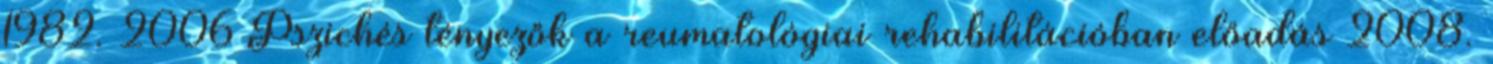
1982. 2006 Pszichés tényezők a reumatológiai rehabilitációban előadás 2008.